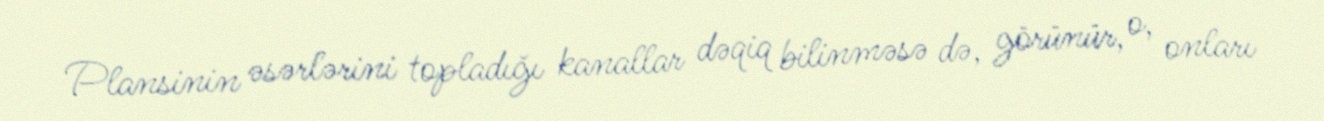
Plansinin əsərlərini topladığı kanallar dəqiq bilinməsə də, görünür, o, onları